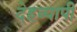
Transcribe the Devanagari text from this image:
देहव्यापी